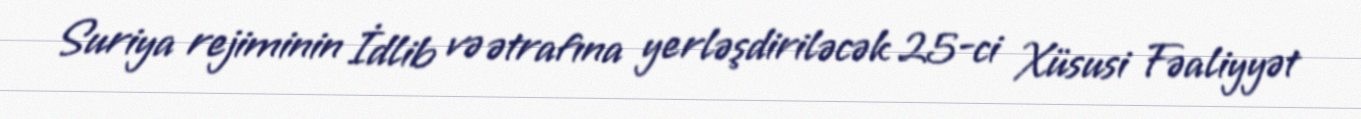
Suriya rejiminin İdlib və ətrafına yerləşdiriləcək 25-ci Xüsusi Fəaliyyət